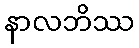
နာလဘိဿ